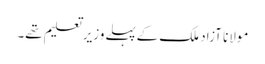
مولانا آزاد ملک کےپہلےوزیرتعلیم تھے۔